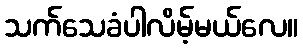
သက်သေခံပါလိမ့်မယ်လေ။